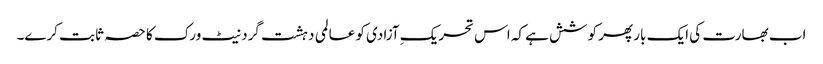
اب بھارت کی ایک بار پھر کوشش ہے کہ اس تحریکِ آزادی کو عالمی دہشت گرد نیٹ ورک کا حصہ ثابت کرے۔